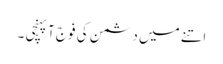
اتنے میں دشمن کی فوج آپہنچی ۔